Annual administration and progress report of the Indian Medical Department, Bombay
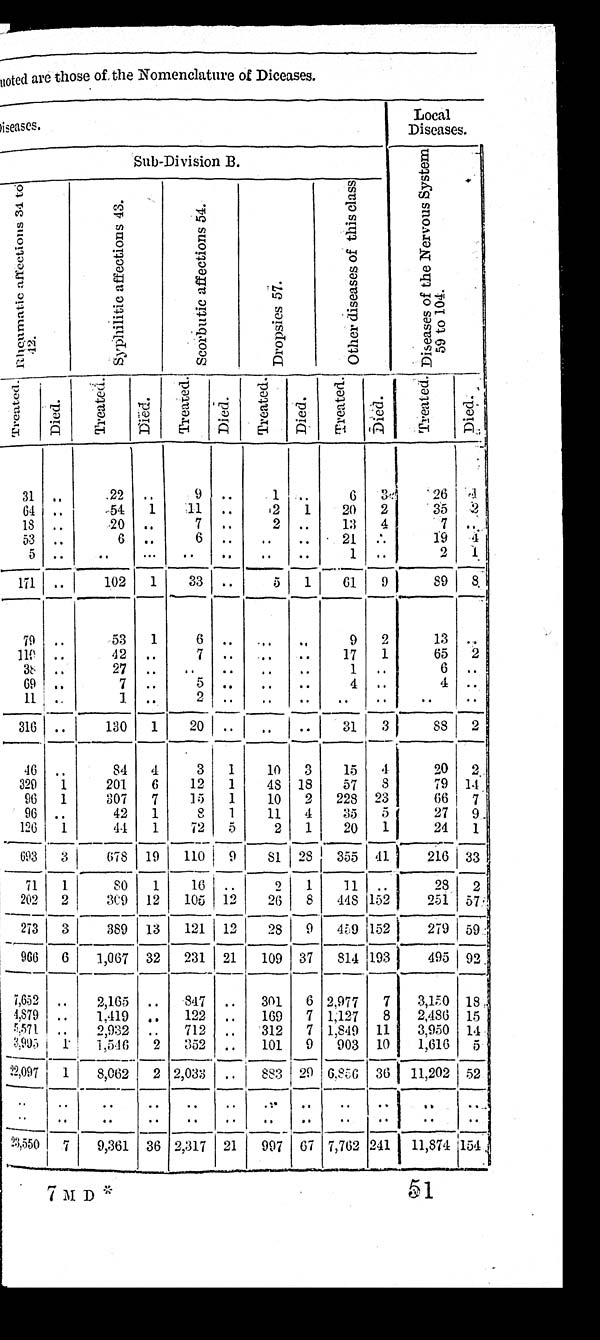
uoted are those of the Nomenclature of Diceases.
Diseases.
Local
Diseases.
Sub-Division B.
D i s e a s e s o f t h e N e r v o u s S y s t e m 5 9 t o 1 0 4 .
R h e u m a t i c a f f e c t i o n s 3 4 t o 4 2 .
S y p h i l i t i c a f f e c t i o n s 4 3 .
S c o r b u t i c a f f e c t i o n s 5 4 .
D r o p s i e s 5 7 .
O t h e r d i s e a s e s o f t h i s c l a s s
T r e a t e d . D i e d .
T r e a t e d .
D i e d .
T r e a t e d .
D i e d .
T r e a t e d .
D i e d .
T r e a t e d .
D i e d .
T r e a t e d .
D i e d .
31 ..
22 ..
9 ..
1 ..
6 3
26 1
64 ..
54 1 11 ..
2 1 20 2
35 2
18 ..
20 ..
7 ..
2 ..
13
4
7 ..
53 ..
6 ..
6 .. .. .. 21 . .
19 4
5 . .
6 . .
6 . . . .
. .
2 1 . .
2 1
171 ..
102 1 33 ..
5 1
61 9
89 8
79 ..
53 1
6
. .
. . . .
9 2
13 ..
110 ..
42 ..
7 .. .. .. 17 1
65 2
38 ..
2 7 . .
. . . . . .
. . 1 ..
6 ..
69 ..
7 ..
5 . . . .
. . 4 ..
4 ..
11 ..
1 ..
2 . . . .
. .
. . . .
. . ..
316 . .
130 1 20 .. ..
. . 31 3
88
2
46 ..
84 4
3 1
10 3 15 4
20 2
329 1
201 6 12 1 48 18 57 8
79 14
96 1
307 7 15 1 10 2 228 23
66 7
96 . .
42 1
8 1
11 4 35 5
27 9
126 1
44 1 72 5
2 1 20 1
24 1
693
3
6 7 8 1 9 110 9 81 28 355 41
216 33
71 1
8 0 1 16 ..
2 1 11 ..
28 2
202 2
309 12 105 12 26 8 448 152
251 57
273 3
389 13 121 12 28 9 459 152
279 59
966 6 1,067 32 231 21 109 37 814 193
495 92
7,652 .. 2,165 .. 847 .. 301 6 2.977 7 3,150
18
4,879 .. 1,419 .. 122 .. 169 7 1,127 8 2,486 15
5 , 5 7 1 .. 2,932 .. 712 .. 312 7 1,849 11 3,950 14
3 , 9 9 5 1 1,546 2 352 .. 101 9 903 10 1,616 5
22,097 1 8,062 2 2,033 .. 883 29 6,856 36 11,202 52
. . ..
..
.. .. ..
. .
. . . .
. . ..
..
. .
. .
. .
. . . .
. .
. . . .
. .
. .
. .
..
23,550 7 9,361 36 2,317 21 997 67 7,762 241 11,874 154
7 M D *
51